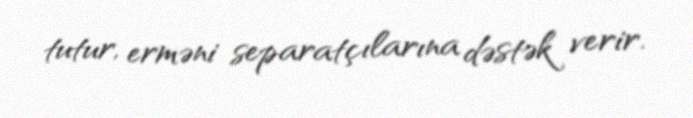
tutur, erməni separatçılarına dəstək verir.